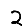
Digit: 2